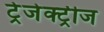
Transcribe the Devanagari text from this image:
ट्रेजेक्ट्रीज